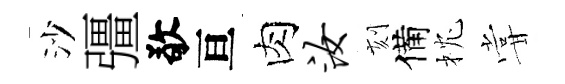
沙彊敬亘肉汝刻備枕甞